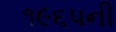
૧૯૬૫ની